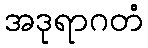
အဒုရာဂတံ